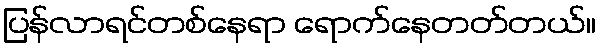
ပြန်လာရင်တစ်နေရာ ရောက်နေတတ်တယ်။